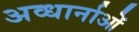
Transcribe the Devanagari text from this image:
अव्धार्नाओं